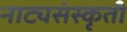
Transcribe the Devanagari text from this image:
नाट्यसंस्कृती